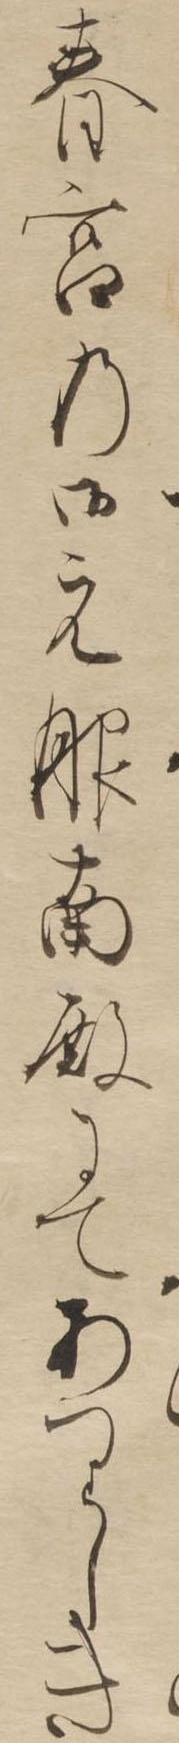
春宮の御元服南殿にてありしき